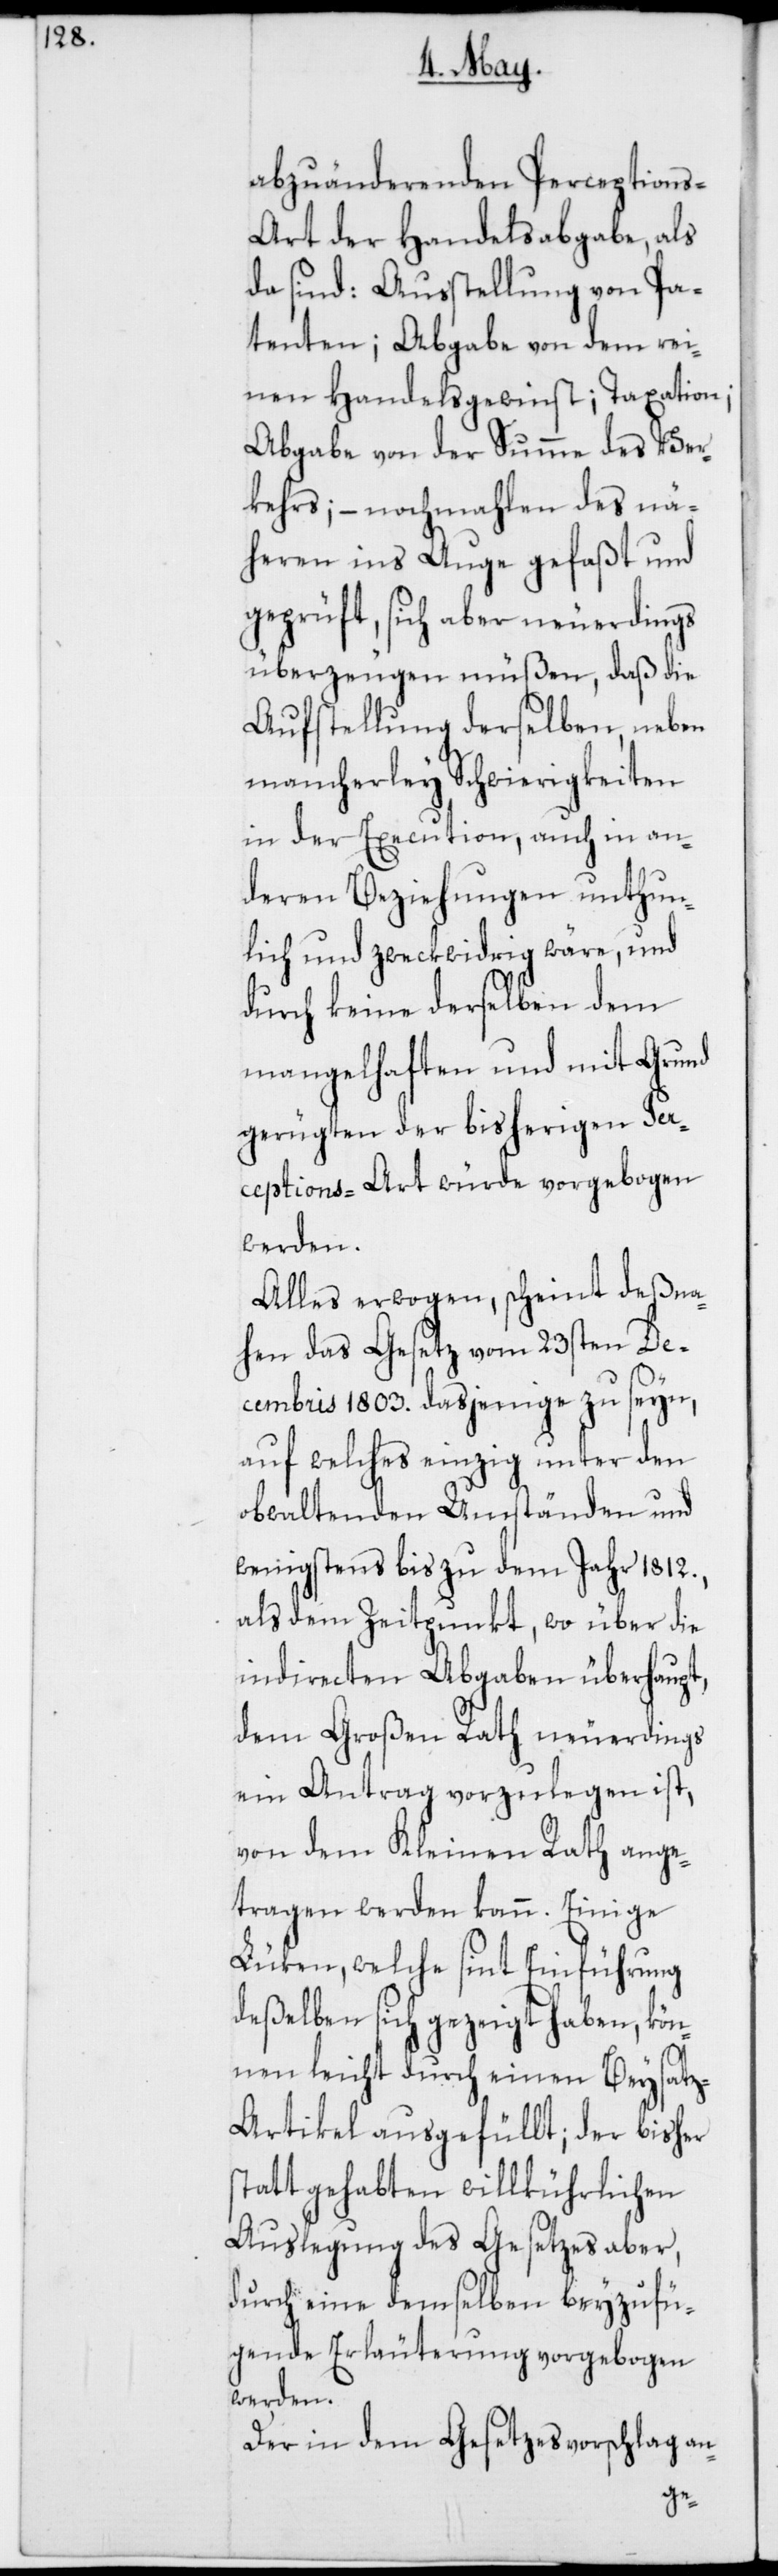
abzuänderenden Perception¬
s-Art der Handelsabgabe, als
da sind: Ausstellung von Pa¬
tenten; Abgabe von dem rei¬
nen Handelsgewinnst; Taxation;
Abgabe von der Summe des Ver¬
kehrs; – nochmahlen des nä¬
heren ins Auge gefaßt und
geprüft, sich aber neuerdings
überzeugen müßen, daß die
Aufstellung derselben, neben
mancherlei Schwierigkeiten
in der Execution, auch in an¬
deren Beziehungen unthun¬
lich und zweckwidrig wäre, und
durch keine derselben dem
mangelhaften und mit Grund
gerügten der bisherigen Per¬
ceptions-Art würde vorgebogen
werden.
Alles erwogen, scheint deßna¬
hen das Gesetz vom 23sten De¬
cembris 1803. dasjenige zu seyn,
auf welches einzig unter den
obwaltenden Umständen und
wenigstens bis zu dem Jahr 1812.,
als dem Zeitpunkt, wo über die
indirecten Abgaben überhaupt,
dem Großen Rathe neuerdings
ein Antrag vorzulegen ist,
von dem Kleinen Rath ange¬
tragen werden kann. Einige
Lücken, welche sint Einführung
deßelben sich gezeigt haben, kön¬
nen leicht durch einen Beysat¬
rtikel ausgefüllt; der bisher
statt gehabten willkührlichen
Auslegung des Gesetzes aber,
durch eine demselben beyzufü¬
gende Erläuterung vorgebogen
werden.
Der in dem Gesetzesvorschlag an-
z-A¬